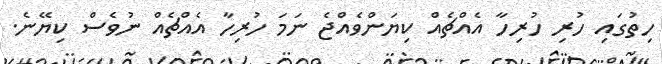
ހިތުގައި ހުރި ހުރިހާ އެއްޗެއް ކިޔަންވެއްޖެ ނަމަ ހުރިހާ އެއްޗެއް ނުވެސް ކިޔޭނެ.